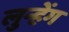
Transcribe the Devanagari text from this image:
लुन्हेंग